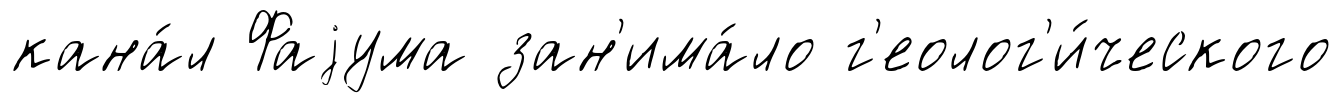
кана́л Фаjума зан'има́ло г'еолог'и́ческого